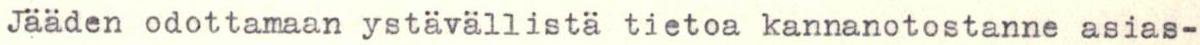
Jääden odottamaan ystävällistä tietoa kannanotostanne asias-